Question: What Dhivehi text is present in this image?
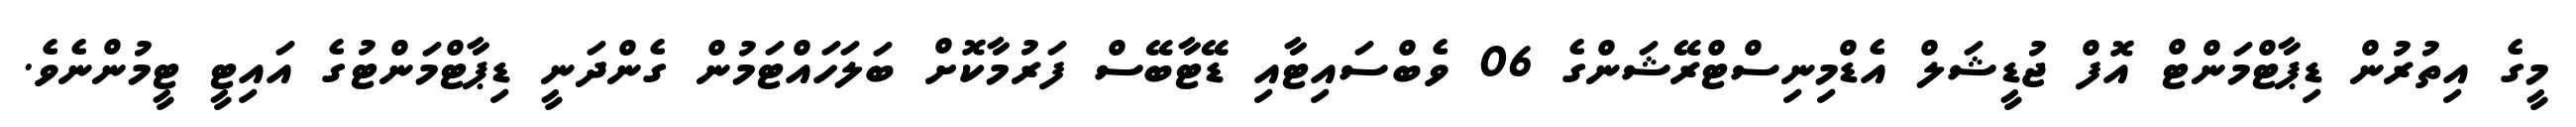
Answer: މީގެ އިތުރުން ޑިޕާޓްމަންޓް އޮފް ޖުޑީޝަލް އެޑްމިނިސްޓްރޭޝަންގެ 06 ވެބްސައިޓާއި ޑޭޓާބޭސް ފަރުމާކޮށް ބަލަހައްޓަމުން ގެންދަނީ ޑިޕާޓްމަންޓުގެ އައިޓީ ޓީމުންނެވެ.